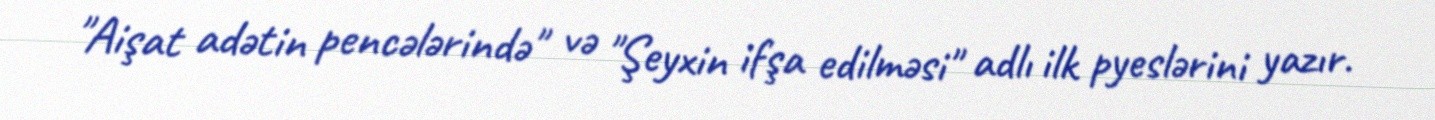
"Aişat adətin pencələrində" və "Şeyxin ifşa edilməsi" adlı ilk pyeslərini yazır.